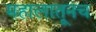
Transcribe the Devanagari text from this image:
महालातूनच